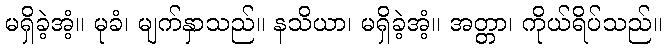
မရှိခဲ့အံ့။ မုခံ၊ မျက်နှာသည်။ နသိယာ၊ မရှိခဲ့အံ့။ အတ္တာ၊ ကိုယ်ရိပ်သည်။